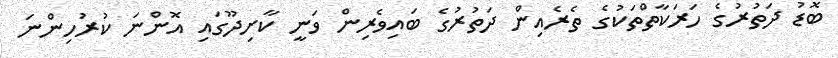
ބޮޑު ދަތުރުގެ ހަރަކާތްތަކުގެ ތެރެއިން ދަތުރުގެ ބައިވެރިން ވަނީ ކާށިދޫގައި އޮންނަ ކުރުހިންނަ